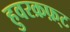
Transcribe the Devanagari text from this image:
हुवरक्रफ़्ट